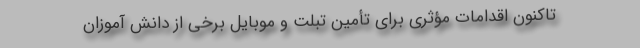
تاکنون اقدامات مؤثری برای تأمین تبلت و موبایل برخی از دانش آموزان